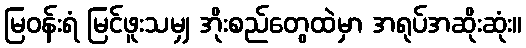
မြဝန်းရံ မြင်ဖူးသမျှ အိုးစည်တွေထဲမှာ အရုပ်အဆိုးဆုံး။